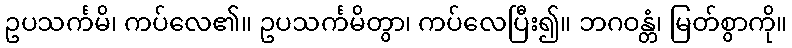
ဥပသင်္ကမိ၊ ကပ်လေ၏။ ဥပသင်္ကမိတွာ၊ ကပ်လေပြီး၍။ ဘဂဝန္တံ၊ မြတ်စွာကို။